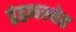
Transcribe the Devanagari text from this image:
द्वंद्वावस्थेत